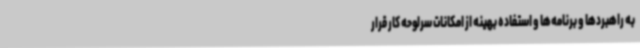
به راهبردها و برنامه‌ها و استفاده بهینه از امکانات سرلوحه کار قرار